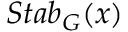
S t a b _ { G } ( x )